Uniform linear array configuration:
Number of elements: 64
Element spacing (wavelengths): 0.25
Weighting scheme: hann
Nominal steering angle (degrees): -30
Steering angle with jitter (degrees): -29.28
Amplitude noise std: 0.05
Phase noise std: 0.05

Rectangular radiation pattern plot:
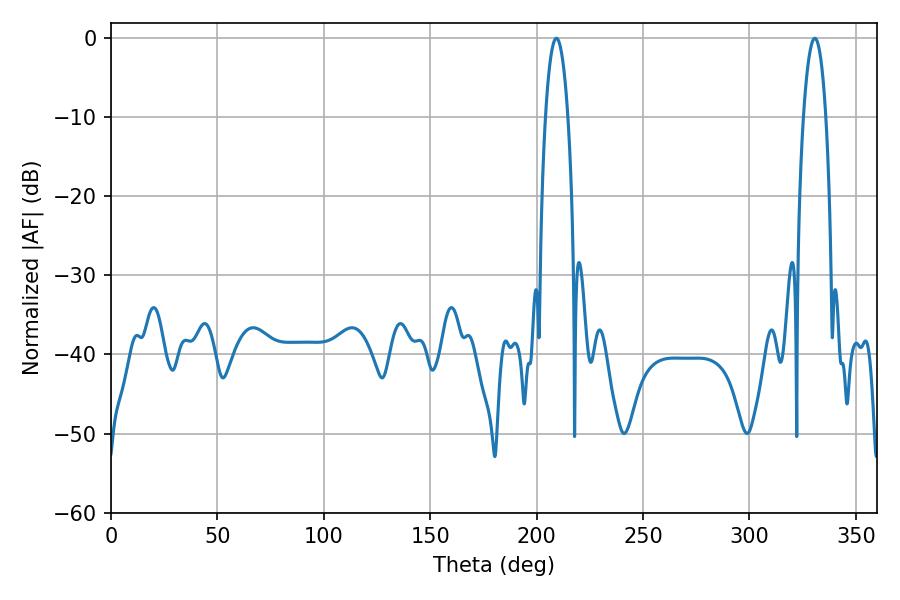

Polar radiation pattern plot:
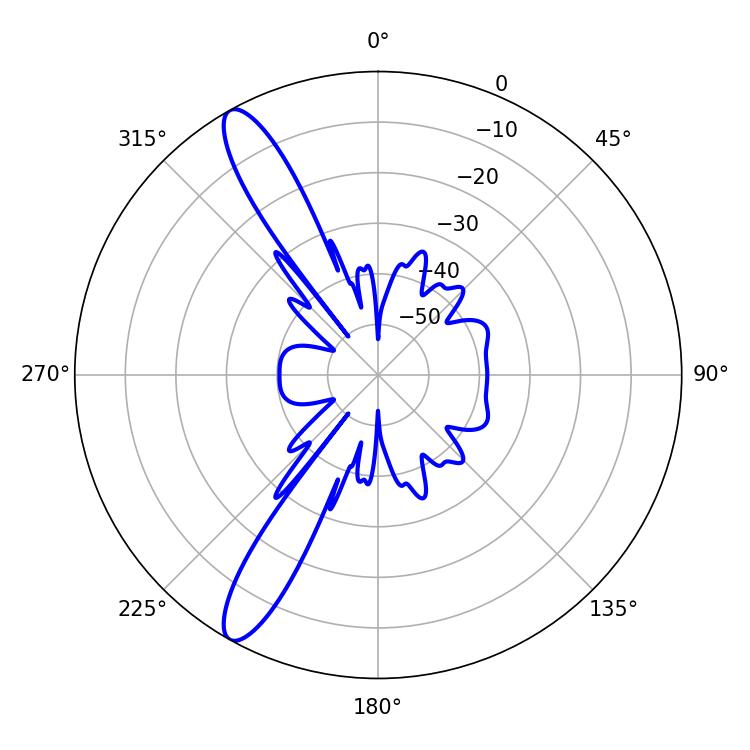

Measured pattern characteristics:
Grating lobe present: FALSE
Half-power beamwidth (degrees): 5.76
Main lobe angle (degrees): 330.66